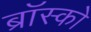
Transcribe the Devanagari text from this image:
ब्रॉस्को